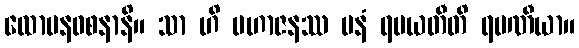
ထောမနဝစနာနိ။ သာ ဟိ မဟာဇနဿ မနံ ရမယတီတိ ရမဏီယာ။